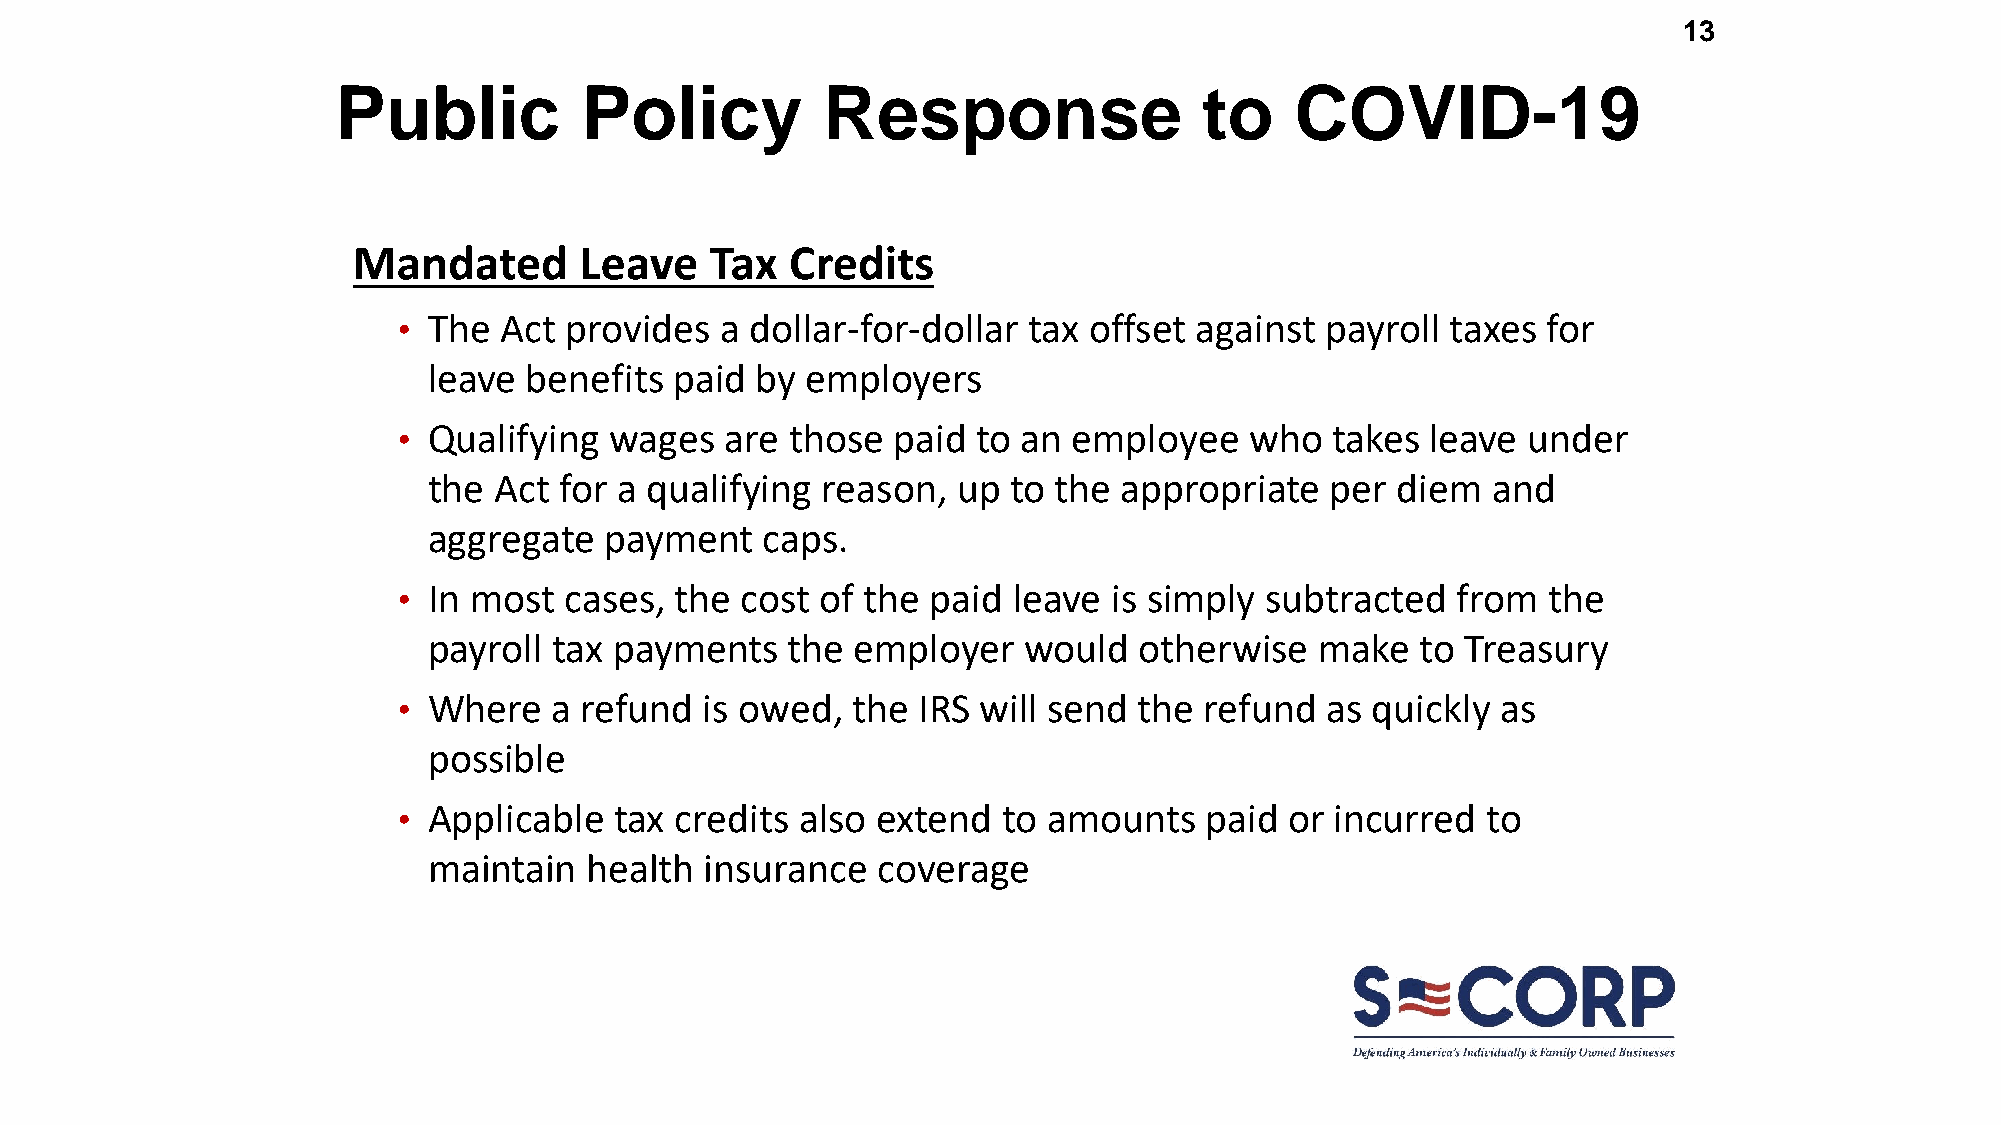
13
 Public          Policy          Response                  to    COVID-19
 Mandated       Leave    Tax  Credits
 • The  Act provides   a dollar-for-dollar tax offset against  payroll taxes for
 leave  benefits  paid by employers
 • Qualifying  wages   are those  paid  to an employee    who  takes  leave under
 the  Act for a qualifying reason,  up  to the appropriate   per diem   and
 aggregate   payment    caps.
 • In most  cases,  the cost of the  paid leave  is simply subtracted  from  the
 payroll  tax payments   the  employer   would  otherwise   make   to Treasury
 • Where    a refund  is owed, the  IRS will send the  refund  as quickly as
 possible
 • Applicable   tax credits also extend  to amounts    paid or incurred  to
 maintain   health  insurance  coverage